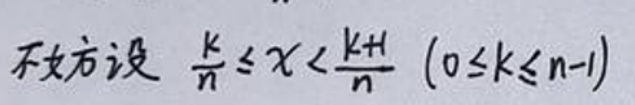
不妨设 $\frac{k}{n}\leq x<\frac{k + 1}{n}\ (0\leq k\leq n - 1)$